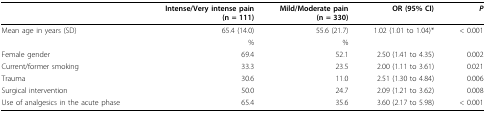
|  | Intense/Very intense pain(n = 111) | Mild/Moderate pain(n = 330) | OR (95% CI) | P |
 | --- | --- | --- | --- | --- |
 | Mean age in years (SD) | 65.4 (14.0) | 55.6 (21.7) | 1.02 (1.01 to 1.04)* | < 0.001 |
 |  | % | % |  |  |
 | Female gender | 69.4 | 52.1 | 2.50 (1.41 to 4.35) | 0.002 |
 | Current/former smoking | 33.3 | 23.5 | 2.00 (1.11 to 3.61) | 0.021 |
 | Trauma | 30.6 | 11.0 | 2.51 (1.30 to 4.84) | 0.006 |
 | Surgical intervention | 50.0 | 24.7 | 2.09 (1.21 to 3.62) | 0.008 |
 | Use of analgesics in the acute phase | 65.4 | 35.6 | 3.60 (2.17 to 5.98) | < 0.001 |